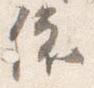
依